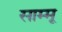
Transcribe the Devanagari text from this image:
साम्मू